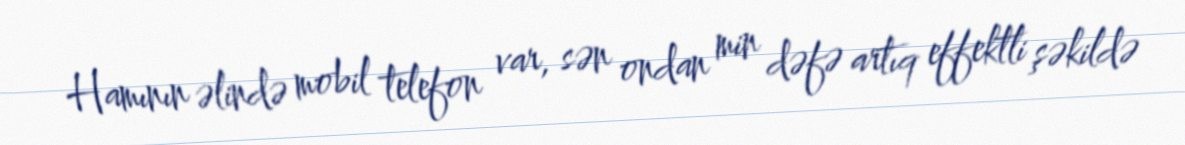
Hamının əlində mobil telefon var, sən ondan min dəfə artıq effektli şəkildə